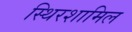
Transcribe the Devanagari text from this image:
स्थिरशामिल